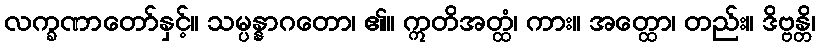
လက္ခဏာတော်နှင့်။ သမ္ပန္နာဂတော၊ ၏။ ဣတိအတ္ထံ၊ ကား။ အတ္ထော၊ တည်း။ ဒိဗ္ဗန္တိ၊